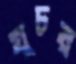
খুচর